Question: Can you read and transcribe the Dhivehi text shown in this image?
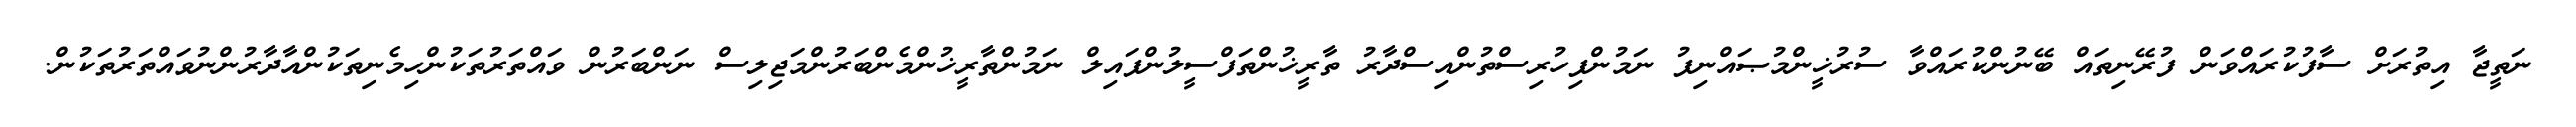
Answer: ނަތީޖާ އިތުރަށް ސާފުކުރައްވަން ފުރޭނިތައް ބޭނުންކުރައްވާ ސުރުޚީންމުޞައްނިފު ނަމުންފިހުރިސްތުންއިސްދާރު ތާރީޚުންތަފްސީލުންފައިލް ނަމުންތާރީޚުންމެންބަރުންމަޖިލިސް ނަންބަރުން ވައްތަރުތަކުންހިމެނިތަކުންއާދާރުންނުވައްތަރުތަކުން.